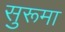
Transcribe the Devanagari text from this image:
सुरूमा